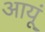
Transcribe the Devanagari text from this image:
आयूं